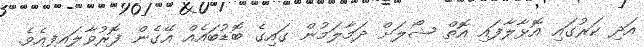
އަދި ކަރުގައި އޮޅާލާފައި އޮތް ޝޯލަށް ދަމާލަމުން ގައިގެ ބޮޑުބައެއް އޭގެން ފޮރުވާލައިފިއެވެ.